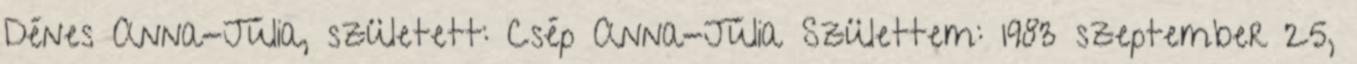
Dénes Anna-Júlia, született: Csép Anna-Júlia Születtem: 1983 szeptember 25,